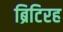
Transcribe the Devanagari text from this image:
ब्रिटिरह